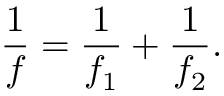
{ \frac { 1 } { f } } = { \frac { 1 } { f _ { 1 } } } + { \frac { 1 } { f _ { 2 } } } .